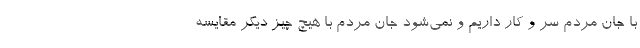
با جان مردم سر و کار داریم و نمی‌شود جان مردم با هیچ چیز دیگر مقایسه